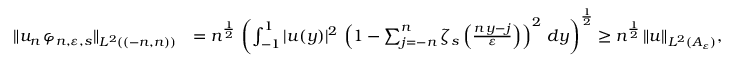
\begin{array} { r l } { \| u _ { n } \, \varphi _ { n , \varepsilon , s } \| _ { L ^ { 2 } ( ( - n , n ) ) } } & { = n ^ { \frac { 1 } { 2 } } \, \left( \int _ { - 1 } ^ { 1 } | u ( y ) | ^ { 2 } \, \left( 1 - \sum _ { j = - n } ^ { n } \zeta _ { s } \left( \frac { n \, y - j } { \varepsilon } \right) \right) ^ { 2 } \, d y \right) ^ { \frac { 1 } { 2 } } \ge n ^ { \frac { 1 } { 2 } } \, \| u \| _ { L ^ { 2 } ( A _ { \varepsilon } ) } , } \end{array}